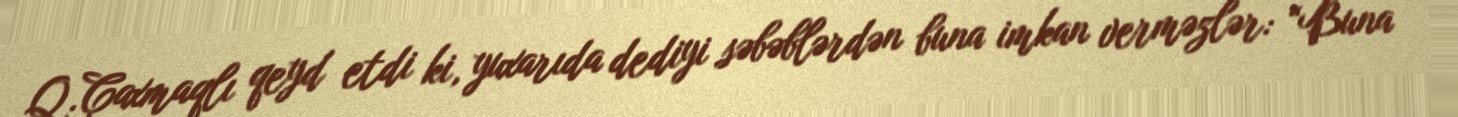
Q.Çaxmaqlı qeyd etdi ki, yuxarıda dediyi səbəblərdən buna imkan verməzlər: “Buna